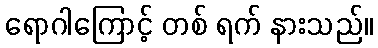
ရောဂါကြောင့် တစ် ရက် နားသည်။